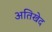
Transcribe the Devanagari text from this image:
अतिखेद